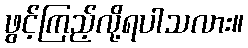
ဖွင့်ကြည့်လို့ရပါသလား။